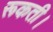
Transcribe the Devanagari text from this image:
रूकती।